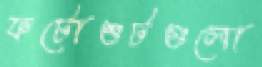
ফটোশুটগুলো